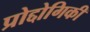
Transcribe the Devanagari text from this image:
प्रोद्दोगिकी